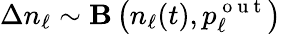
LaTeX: \Delta n_{\ell}\sim{\mathbf B}\left(n_{\ell}(t),p_{\ell}^{\mathrm{~o~u~t~}}\right)